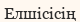
Елшісісің